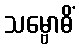
သမ္ဗောဓိံ